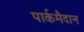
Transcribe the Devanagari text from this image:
पार्कमैदान